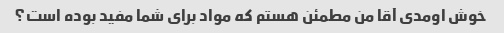
خوش اومدی آقا من مطمئن هستم که مواد برای شما مفید بوده است؟